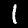
Label: 1